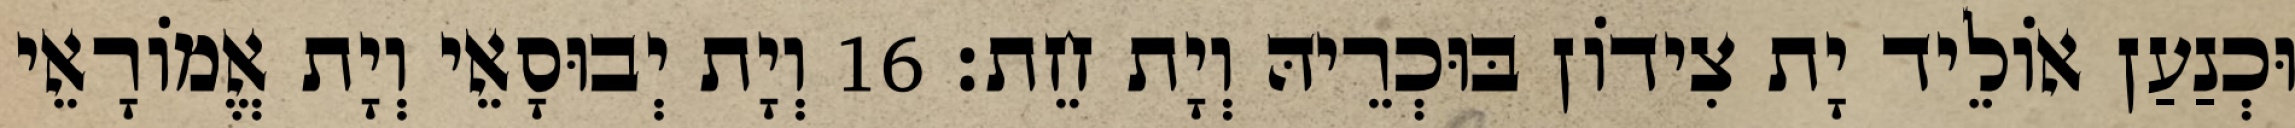
וּכְנַעַן אוֹלֵיד יָת צִידוֹן בּוּכְרֵיהּ וְיָת חֵת׃ 16 וְיָת יְבוּסָאֵי וְיָת אֱמוֹרָאֵי